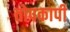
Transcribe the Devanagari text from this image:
तोपकापी